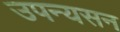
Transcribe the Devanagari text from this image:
उपन्यसन